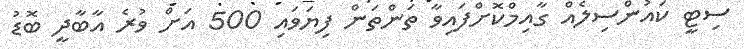
ސިޓީ ކައުންސިލެއް ގާއިމްކޮށްފައިވާ ތަންތަން ފިޔަވައި 500 އަށް ވުރެ އާބާދީ ބޮޑު